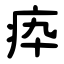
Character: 疩